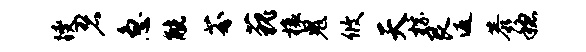
躞碧急觥芬藐榱鬼攸天棕艮返恭稳